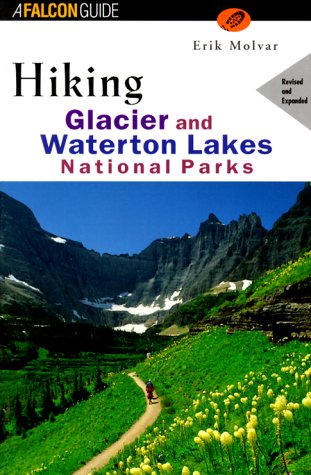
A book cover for Hiking Glacier and Waterton Lakes National Parks (rev) (Regional Hiking Series); Erik Molvar; Travel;